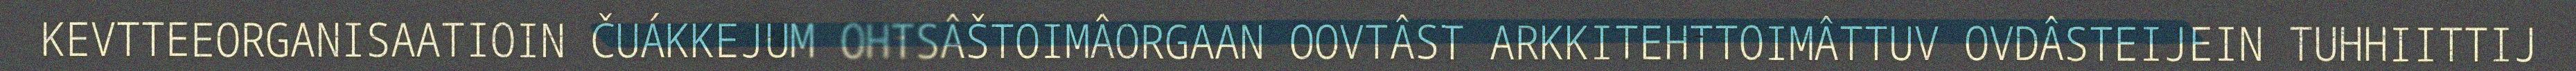
KEVTTEEORGANISAATIOIN ČUÁKKEJUM OHTSÂŠTOIMÂORGAAN OOVTÂST ARKKITEHTTOIMÂTTUV OVDÂSTEIJEIN TUHHIITTIJ